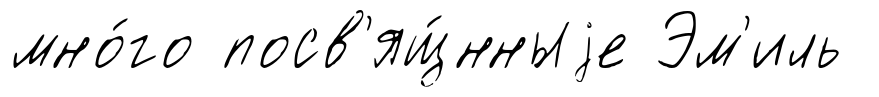
мно́го посв'ящ́нныjе Эм'иль